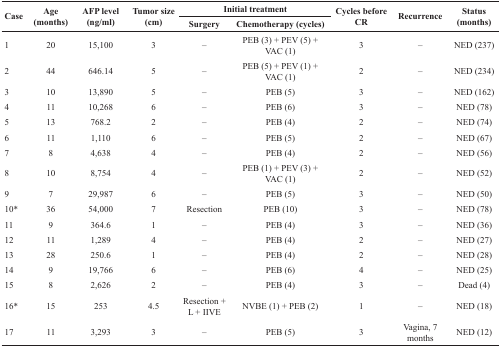
<table><thead><tr><td rowspan="2"><b>Case</b></td><td rowspan="2"><b>Age (months)</b></td><td rowspan="2"><b>AFP level (ng/ml)</b></td><td rowspan="2"><b>Tumor size (cm)</b></td><td colspan="2"><b>Initial treatment</b></td><td rowspan="2"><b>Cycles before CR</b></td><td rowspan="2"><b>Recurrence</b></td><td rowspan="2"><b>Status (months)</b></td></tr><tr><td><b>Surgery</b></td><td><b>Chemotherapy (cycles)</b></td></tr></thead><tbody><tr><td>1</td><td>20</td><td>15,100</td><td>3</td><td>–</td><td>PEB (3) + PEV (5) + VAC (1)</td><td>3</td><td>–</td><td>NED (237)</td></tr><tr><td>2</td><td>44</td><td>646.14</td><td>5</td><td>–</td><td>PEB (5) + PEV (1) + VAC (1)</td><td>2</td><td>–</td><td>NED (234)</td></tr><tr><td>3</td><td>10</td><td>13,890</td><td>5</td><td>–</td><td>PEB (5)</td><td>3</td><td>–</td><td>NED (162)</td></tr><tr><td>4</td><td>11</td><td>10,268</td><td>6</td><td>–</td><td>PEB (6)</td><td>3</td><td>–</td><td>NED (78)</td></tr><tr><td>5</td><td>13</td><td>768.2</td><td>2</td><td>–</td><td>PEB (4)</td><td>2</td><td>–</td><td>NED (74)</td></tr><tr><td>6</td><td>11</td><td>1,110</td><td>6</td><td>–</td><td>PEB (5)</td><td>2</td><td>–</td><td>NED (67)</td></tr><tr><td>7</td><td>8</td><td>4,638</td><td>4</td><td>–</td><td>PEB (4)</td><td>2</td><td>–</td><td>NED (56)</td></tr><tr><td>8</td><td>10</td><td>8,754</td><td>4</td><td>–</td><td>PEB (1) + PEV (3) + VAC (1)</td><td>2</td><td>–</td><td>NED (52)</td></tr><tr><td>9</td><td>7</td><td>29,987</td><td>6</td><td>–</td><td>PEB (5)</td><td>3</td><td>–</td><td>NED (50)</td></tr><tr><td>10*</td><td>36</td><td>54,000</td><td>7</td><td>Resection</td><td>PEB (10)</td><td>3</td><td>–</td><td>NED (78)</td></tr><tr><td>11</td><td>9</td><td>364.6</td><td>1</td><td>–</td><td>PEB (4)</td><td>3</td><td>–</td><td>NED (36)</td></tr><tr><td>12</td><td>11</td><td>1,289</td><td>4</td><td>–</td><td>PEB (4)</td><td>2</td><td>–</td><td>NED (27)</td></tr><tr><td>13</td><td>28</td><td>250.6</td><td>1</td><td>–</td><td>PEB (4)</td><td>2</td><td>–</td><td>NED (28)</td></tr><tr><td>14</td><td>9</td><td>19,766</td><td>6</td><td>–</td><td>PEB (6)</td><td>4</td><td>–</td><td>NED (25)</td></tr><tr><td>15</td><td>8</td><td>2,626</td><td>2</td><td>–</td><td>PEB (4)</td><td>3</td><td>–</td><td>Dead (4)</td></tr><tr><td>16*</td><td>15</td><td>253</td><td>4.5</td><td>Resection + L + IIVE</td><td>NVBE (1) + PEB (2)</td><td>1</td><td>–</td><td>NED (18)</td></tr><tr><td>17</td><td>11</td><td>3,293</td><td>3</td><td>–</td><td>PEB (5)</td><td>3</td><td>Vagina, 7 months</td><td>NED (12)</td></tr></tbody></table>